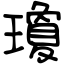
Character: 瓊